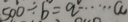
5 0 0 \div b = q \cdots a